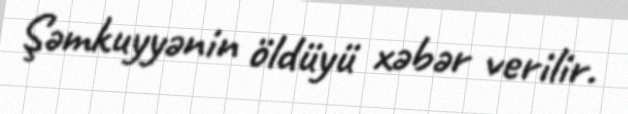
Şəmkuyyənin öldüyü xəbər verilir.